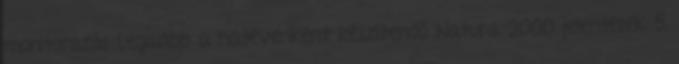
monitorozás Legalább a hatévenként készítendő Natura 2000 jelentések 5